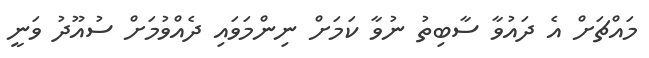
މައްޗަށް އެ ދައުވާ ސާބިތު ނުވާ ކަމަށް ނިންމަވައި ދެއްވުމަށް ސުއޫދު ވަނީ